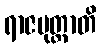
ရာဇပုတ္တာတိ